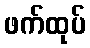
ဖက်ထုပ်